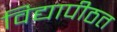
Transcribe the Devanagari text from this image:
विद्यापीठत